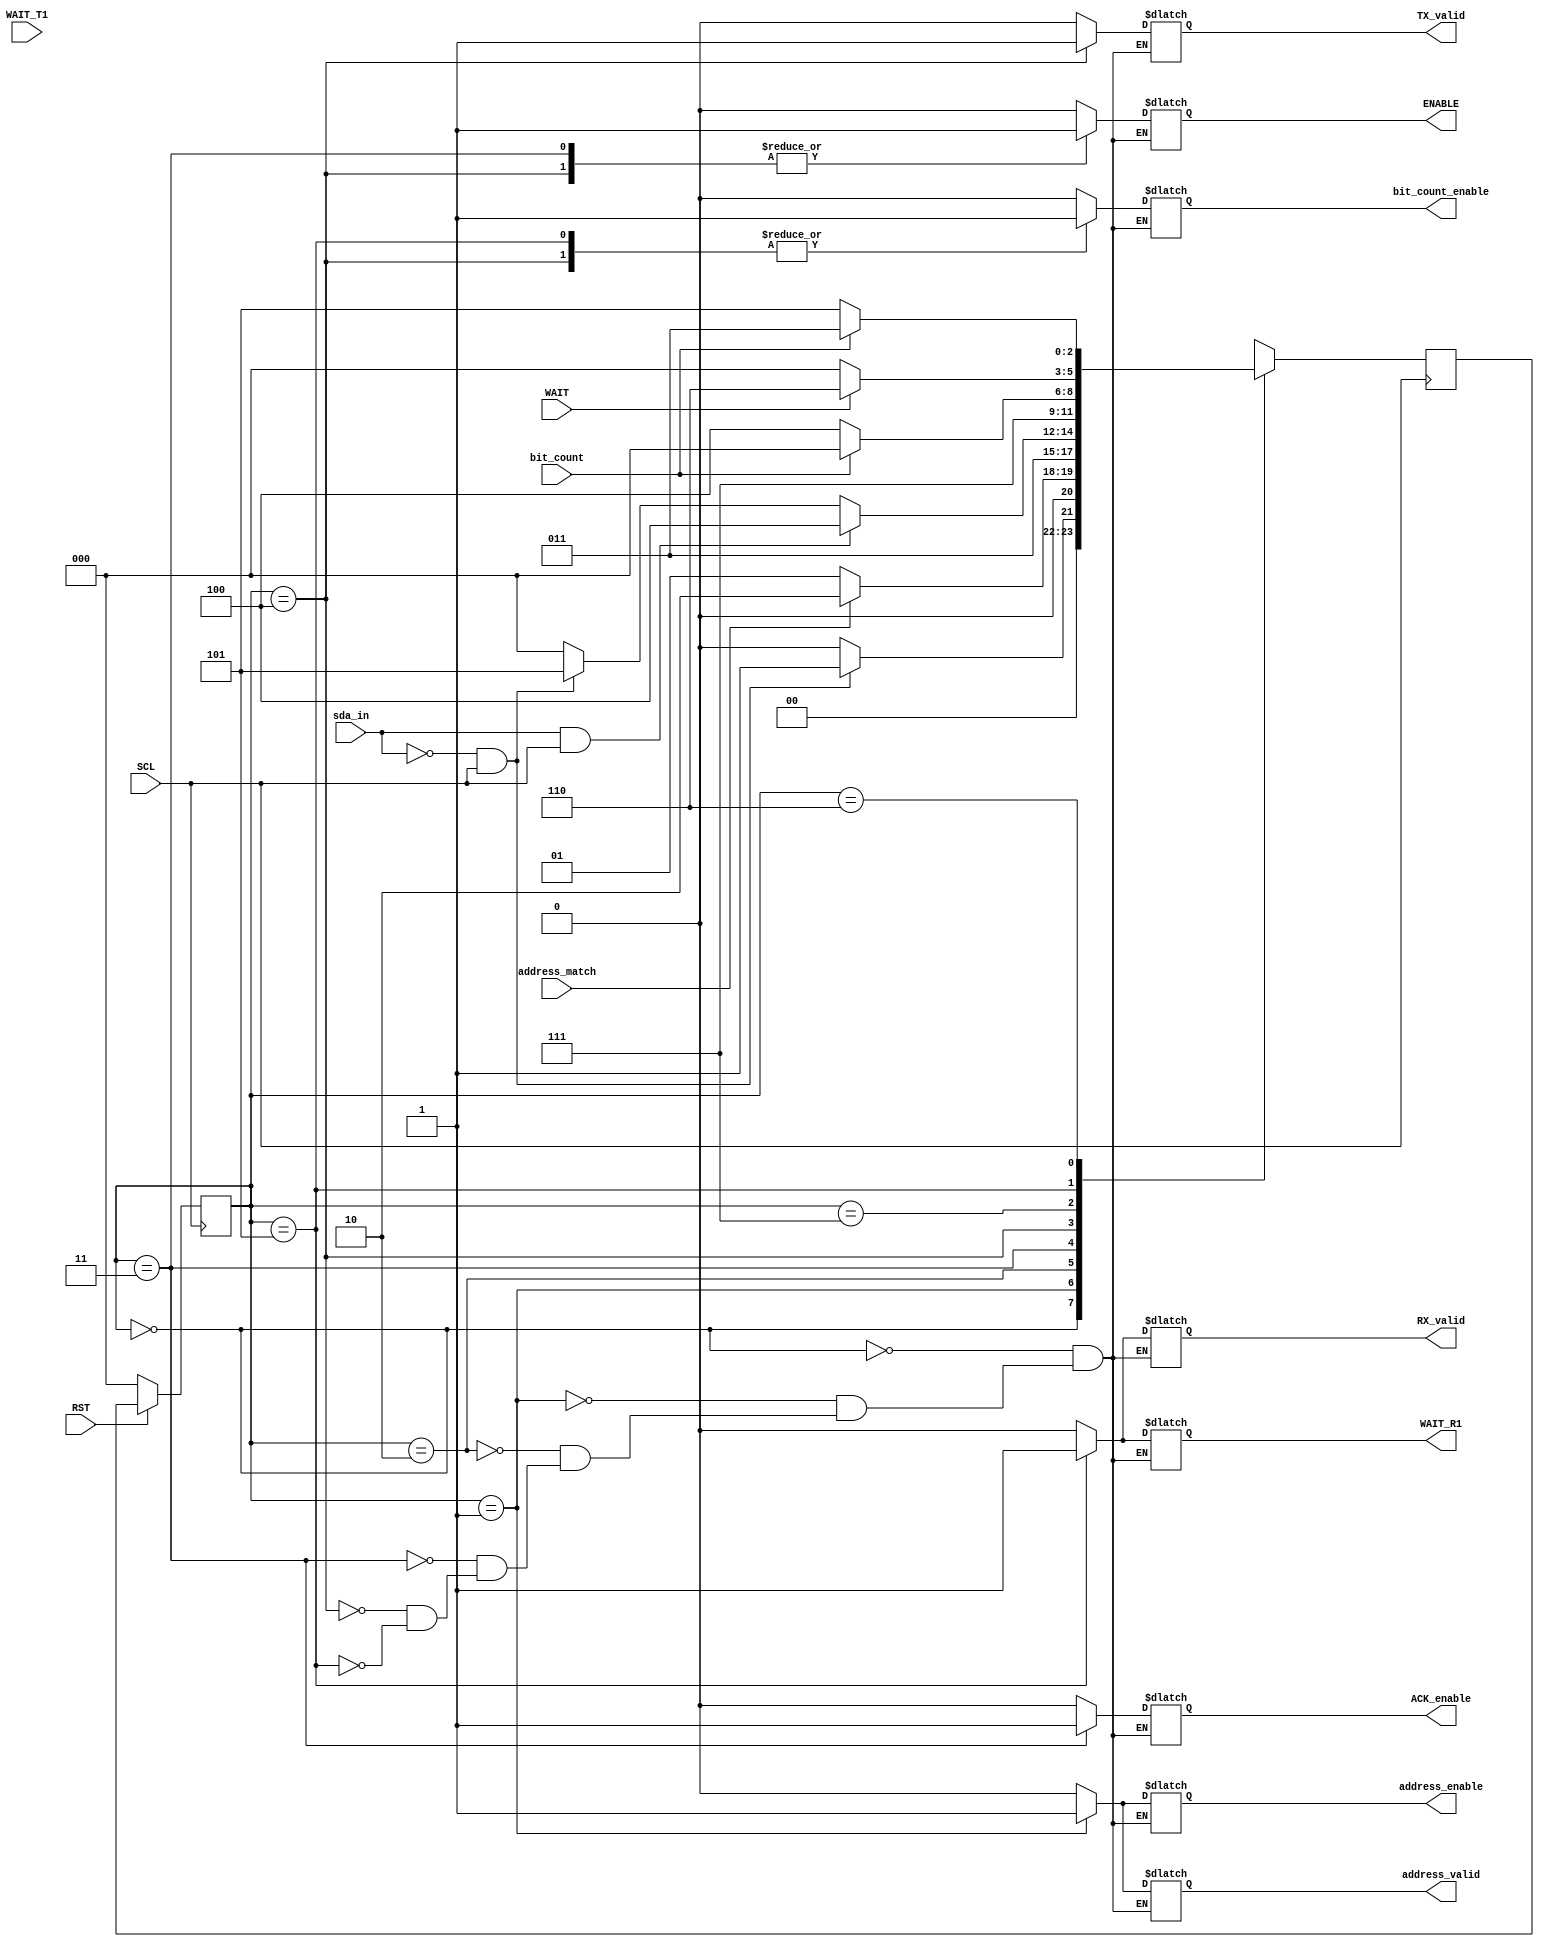
module FSM(sda_in, SCL, RST, bit_count, WAIT, WAIT_T1, WAIT_R1, address_match, address_enable, ACK_enable, bit_count_enable, TX_valid,  RX_valid, ENABLE,  address_valid); 
input SCL, RST, bit_count, WAIT, WAIT_T1, address_match, sda_in;
output reg address_enable, ACK_enable,   WAIT_R1, bit_count_enable, ENABLE, TX_valid,  RX_valid,  address_valid;


reg [2:0] current_state, next_state;

//I2C state machine states
parameter IDLE = 3'b000;
parameter START_STATE = 3'b001;
parameter ADDR_MATCH = 3'b010;
parameter ACK_STATE = 3'b011;
parameter DATA_TX = 3'b100;
parameter DATA_RX = 3'b101;
parameter WAIT_RX = 3'b110;
parameter WAIT_TX = 3'b111;


//state transiton 
always @(posedge SCL)
 begin
  if(!RST)
    current_state <= IDLE ;
  else
    current_state <= next_state ;
   end

 //next state logic
 always @(posedge SCL)
 begin 
 	case(current_state)
 		IDLE : begin 
 			if(!sda_in && SCL)
 				next_state = START_STATE;
 			else 
 				next_state = IDLE;
 		end 
 		START_STATE : begin
 			if(address_match)
 				next_state = ADDR_MATCH;
 			else 
 				next_state = START_STATE;
 		end 
 		ADDR_MATCH : begin 
 			if(sda_in | !sda_in)
 				next_state = ACK_STATE;
 			else 
 				next_state = ADDR_MATCH;
 		end 
 		ACK_STATE : begin 
 			if(sda_in && SCL)
 				next_state = DATA_TX;
 			else if (!sda_in && SCL) 
 				next_state = DATA_RX;
 			else 
 				next_state = IDLE;
 			
 		end 
 		DATA_TX : begin
 			if(WAIT_TX)
 				next_state = WAIT_TX;
 			else if(sda_in)
 				next_state = IDLE;
 		end
 		
 		WAIT_TX : begin 
 		  if (bit_count)
    	next_state = IDLE;
 			else 
 			  next_state = DATA_TX;
 			  end
 		DATA_RX : begin 
 			if(WAIT)
 				next_state = WAIT_RX;
 			else 
 				next_state = IDLE;
 				end 
 				
  WAIT_RX : begin 
  if (bit_count)
    	next_state = ACK_STATE;
 			else 
 				next_state = DATA_RX;
 				end 
    
 		
 		default: begin
			 next_state = IDLE ; 
           end	
  endcase                 	   
 end 

//output logic
always @(current_state)
begin 
         
	case(current_state)
		IDLE : begin
		  address_enable = 1'b0;
		   address_valid = 1'b0;
		   WAIT_R1 = 1'b0;
      ACK_enable = 1'b0;
      bit_count_enable = 1'b0;
      TX_valid = 1'b0;
      RX_valid = 1'b0;
      ENABLE =  1'b0;
    end 
      
	START_STATE : begin 
		  address_enable = 1'b1;
		  address_valid = 1'b1;
		   WAIT_R1 = 1'b0;
          ACK_enable = 1'b0;
          bit_count_enable = 1'b0;
          TX_valid = 1'b0;
          RX_valid = 1'b0;
            ENABLE =  1'b0;

        end 
		
		
	ADDR_MATCH : begin 
		  address_enable = 1'b0;
		  address_valid = 1'b0;
		      WAIT_R1 = 1'b0;
          ACK_enable = 1'b0;
          bit_count_enable = 1'b0;
          TX_valid = 1'b0;
          RX_valid = 1'b0;		
            ENABLE =  1'b0;
      end 
	ACK_STATE : begin 
	
		  address_enable = 1'b0;
		  address_valid = 1'b0;
		 
          ACK_enable = 1'b1;
          bit_count_enable = 1'b0;
          TX_valid = 1'b0;
           WAIT_R1 = 1'b0;
          RX_valid = 1'b0;
            ENABLE =  1'b1;
	
	end 
	DATA_TX : begin 
		  address_enable = 1'b0;
		  address_valid = 1'b0;
		
          ACK_enable = 1'b0;
          bit_count_enable = 1'b1;
          TX_valid = 1'b1;
             WAIT_R1 = 1'b0;
          RX_valid = 1'b0;
            ENABLE =  1'b1;
        end 
      
    DATA_RX :  begin
    	  address_enable = 1'b0;
    	  address_valid = 1'b0;
    	  
          ACK_enable = 1'b0;
          bit_count_enable = 1'b1;
          TX_valid = 1'b0;
          RX_valid = 1'b1;
            ENABLE =  1'b0;
         WAIT_R1 = 1'b1;
     end 
	endcase
end

endmodule